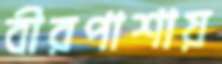
বীরপাশায়